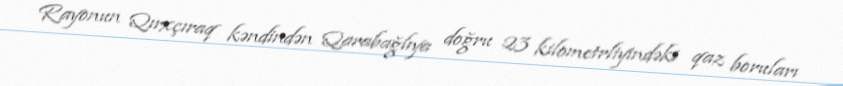
Rayonun Qırxçıraq kəndindən Qarabağlıya doğru 23 kilometrliyindəki qaz boruları